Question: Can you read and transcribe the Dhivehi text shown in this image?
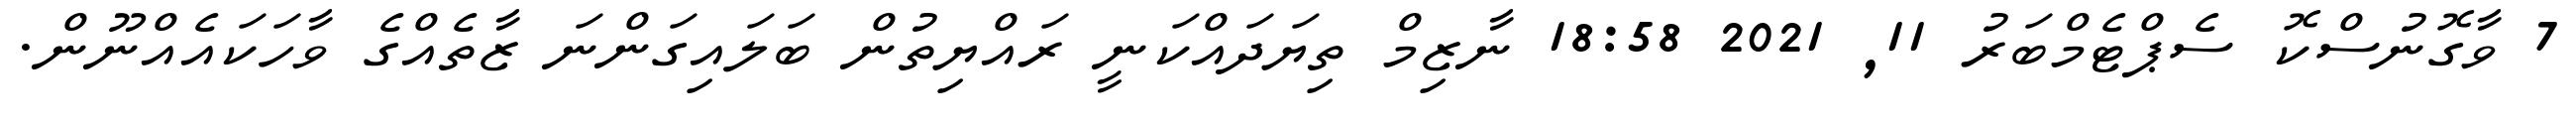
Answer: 7 ވާގޮނުސްކޮ ސެޕްޓެމްބަރު 11, 2021 18:58 ނާޒިމް ތިޔަދައްކަނީ ރައްޔިތުން ބަލައިގަންނަ ޒާތެއްގެ ވާހަކައެއްނޫން.